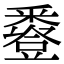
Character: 𧰌